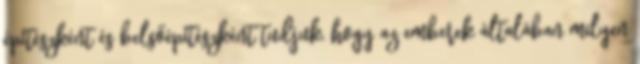
építészként és belsőépítészként tudjuk, hogy az emberek általában milyen